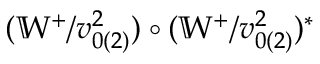
( \mathbb { W } ^ { + } / v _ { 0 ( 2 ) } ^ { 2 } ) \circ ( \mathbb { W } ^ { + } / v _ { 0 ( 2 ) } ^ { 2 } ) ^ { \ast }